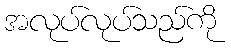
အလုပ်လုပ်သည်ကို